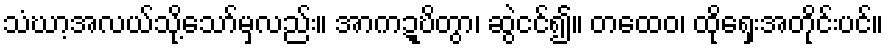
သံဃာ့အလယ်သို့သော်မှလည်း။ အာကဍ္ဎိတွာ၊ ဆွဲငင်၍။ တထေဝ၊ ထိုရှေးအတိုင်းပင်။